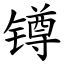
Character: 𨱔